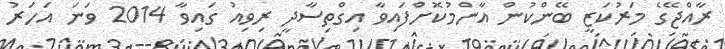
ރާއްޖޭގެ މަރުކަޒީ ބޭންކުން އާންމުކޮށްފައިވާ އިގްތިސާދީ ރިވިއު ގައިވާ 2014 ވަނަ އަހަރު